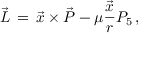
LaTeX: \vec { L } \, = \, \vec { x } \times \vec { P } - \mu \frac { \vec { x } } { r } P _ { 5 } \, ,